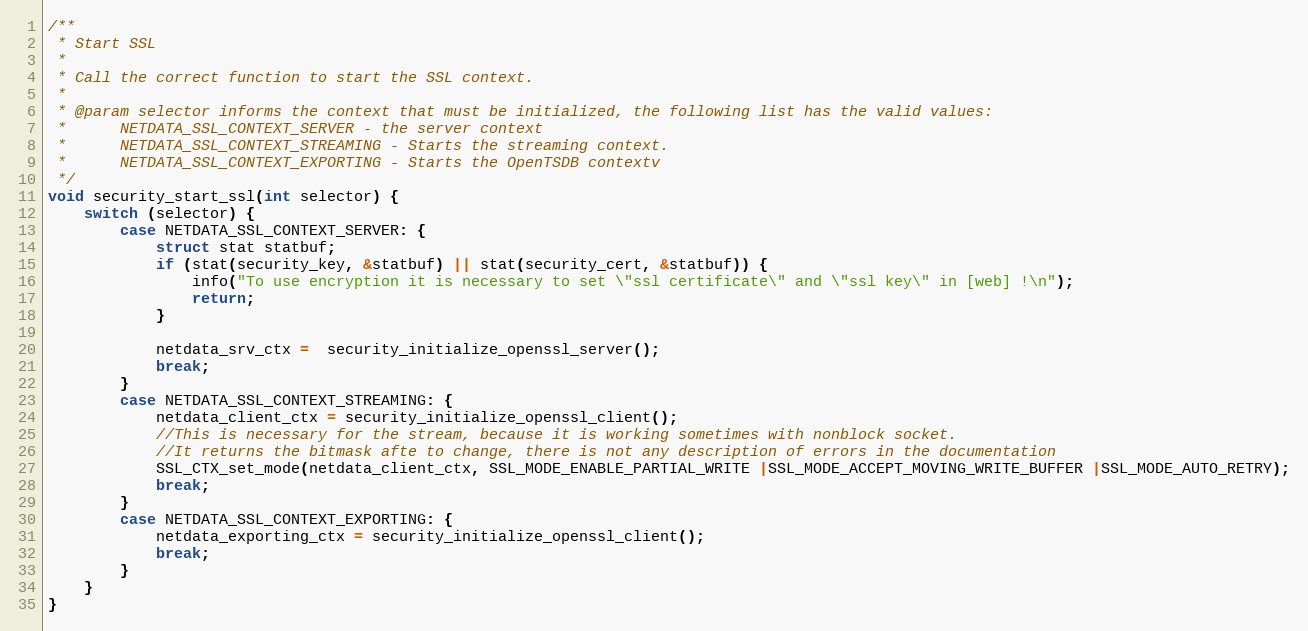
Language: C
/**
 * Start SSL
 *
 * Call the correct function to start the SSL context.
 *
 * @param selector informs the context that must be initialized, the following list has the valid values:
 *      NETDATA_SSL_CONTEXT_SERVER - the server context
 *      NETDATA_SSL_CONTEXT_STREAMING - Starts the streaming context.
 *      NETDATA_SSL_CONTEXT_EXPORTING - Starts the OpenTSDB contextv
 */
void security_start_ssl(int selector) {
    switch (selector) {
        case NETDATA_SSL_CONTEXT_SERVER: {
            struct stat statbuf;
            if (stat(security_key, &statbuf) || stat(security_cert, &statbuf)) {
                info("To use encryption it is necessary to set \"ssl certificate\" and \"ssl key\" in [web] !\n");
                return;
            }

            netdata_srv_ctx =  security_initialize_openssl_server();
            break;
        }
        case NETDATA_SSL_CONTEXT_STREAMING: {
            netdata_client_ctx = security_initialize_openssl_client();
            //This is necessary for the stream, because it is working sometimes with nonblock socket.
            //It returns the bitmask afte to change, there is not any description of errors in the documentation
            SSL_CTX_set_mode(netdata_client_ctx, SSL_MODE_ENABLE_PARTIAL_WRITE |SSL_MODE_ACCEPT_MOVING_WRITE_BUFFER |SSL_MODE_AUTO_RETRY);
            break;
        }
        case NETDATA_SSL_CONTEXT_EXPORTING: {
            netdata_exporting_ctx = security_initialize_openssl_client();
            break;
        }
    }
}